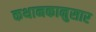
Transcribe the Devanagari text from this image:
कथानकानुसार